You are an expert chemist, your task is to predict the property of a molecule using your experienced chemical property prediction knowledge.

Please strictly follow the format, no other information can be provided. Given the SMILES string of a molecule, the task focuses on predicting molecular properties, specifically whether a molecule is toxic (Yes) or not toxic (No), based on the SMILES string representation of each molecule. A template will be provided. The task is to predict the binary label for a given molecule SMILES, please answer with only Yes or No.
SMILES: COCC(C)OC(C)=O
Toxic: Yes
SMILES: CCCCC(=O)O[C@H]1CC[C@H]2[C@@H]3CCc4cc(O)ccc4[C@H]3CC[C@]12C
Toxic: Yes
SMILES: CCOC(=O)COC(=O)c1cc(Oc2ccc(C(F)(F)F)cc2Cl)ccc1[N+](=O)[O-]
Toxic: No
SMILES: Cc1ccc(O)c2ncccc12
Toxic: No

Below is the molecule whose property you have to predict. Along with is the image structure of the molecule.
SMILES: C/C(=C1\CCOC(=O)S1)N(C=O)Cc1cnc(C)nc1N
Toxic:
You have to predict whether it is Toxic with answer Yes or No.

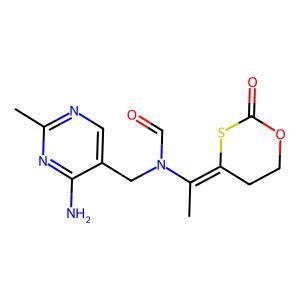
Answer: No